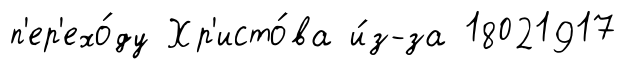
п'ер'ехо́ду Хр'исто́ва и́з-за 18021917